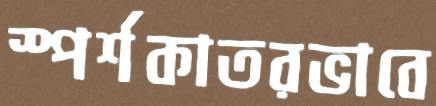
স্পর্শকাতরভাবে